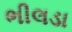
ભીલડા